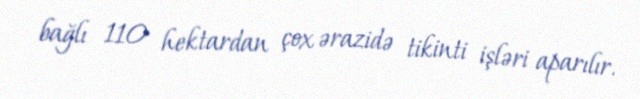
bağlı 110 hektardan çox ərazidə tikinti işləri aparılır.